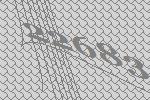
22683